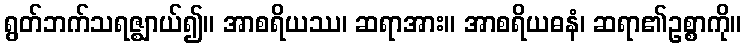
ရွတ်ဘက်သရဇ္ဈာယ်၍။ အာစရိယဿ၊ ဆရာအား။ အာစရိယဓနံ၊ ဆရာ၏ဥစ္စာကို။